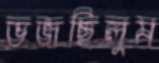
ভজছিলুম